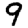
Digit: 9